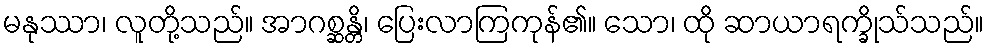
မနုဿာ၊ လူတို့သည်။ အာဂစ္ဆန္တိ၊ ပြေးလာကြကုန်၏။ သော၊ ထို ဆာယာရက္ခိုသ်သည်။